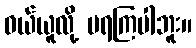
ဝယ်ယူလို့ မရကြပါဘူး။